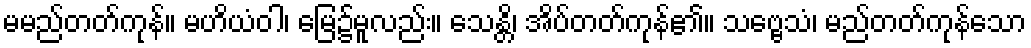
မမည်တတ်ကုန်။ မဟိယံဝါ၊ မြေ၌မူလည်း။ သေန္တိ၊ အိပ်တတ်ကုန်၏။ သဗ္ဗေသံ၊ မည်တတ်ကုန်သော